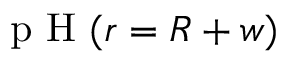
\textrm { p H } ( r = R + w )